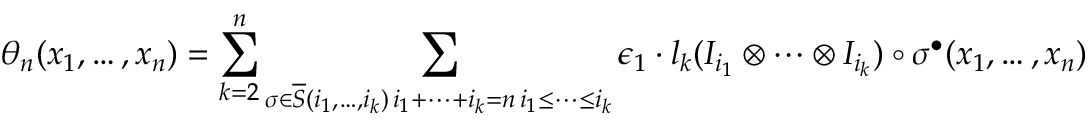
\theta _ { n } ( x _ { 1 } , \ldots , x _ { n } ) = \sum _ { k = 2 } ^ { n } \sum _ { \substack { \sigma \in \overline { { S } } ( i _ { 1 } , \ldots , i _ { k } ) \, i _ { 1 } + \cdots + i _ { k } = n \, i _ { 1 } \leq \cdots \leq i _ { k } } } \epsilon _ { 1 } \cdot l _ { k } ( I _ { i _ { 1 } } \otimes \cdots \otimes I _ { i _ { k } } ) \circ \sigma ^ { \bullet } ( x _ { 1 } , \ldots , x _ { n } )